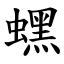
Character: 蟔